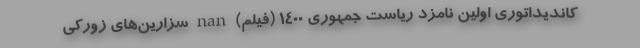
کاندیداتوری اولین نامزد ریاست جمهوری ۱۴۰۰ (فیلم) nan سزارین‌های زورکی